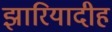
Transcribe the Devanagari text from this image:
झारियादीह